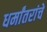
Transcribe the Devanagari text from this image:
धर्मांतरांचे